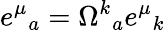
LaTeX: e^{\mu}{}_{a}=\Omega^{k}{}_{a}e^{\mu}{}_{k}